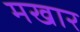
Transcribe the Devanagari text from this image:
मखार